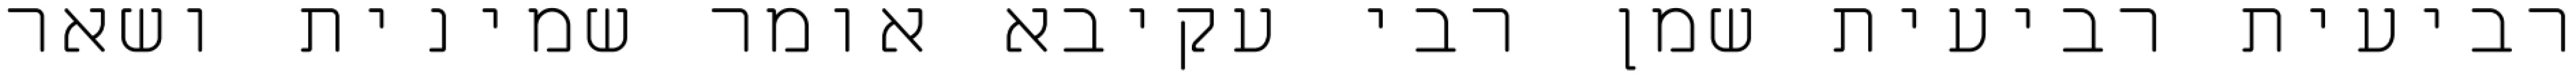
רביעית רביעית שמן רבי עקיבא אומר שמינית ושאר